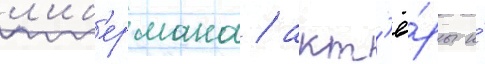
л'иб'ермана / акт'ё́ры и́